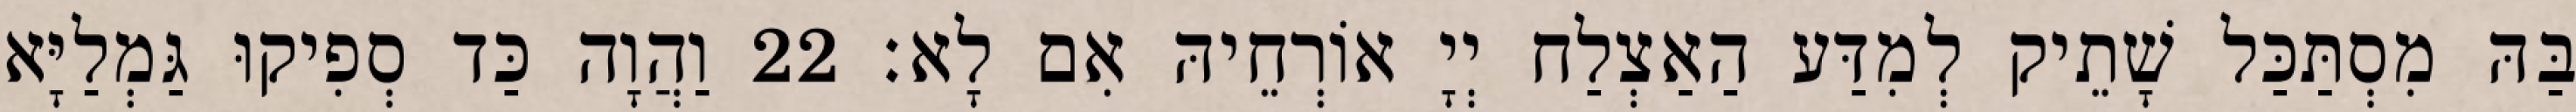
בַּהּ מִסְתַּכַּל שָׁתֵיק לְמִדַּע הַאַצְלַח יְיָ אוֹרְחֵיהּ אִם לָא׃ 22 וַהֲוָה כַּד סְפִיקוּ גַּמְלַיָּא